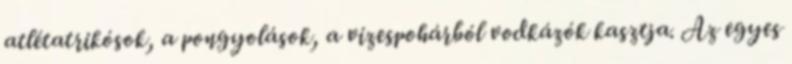
atlétatrikósok, a pongyolások, a vizespohárból vodkázók kasztja. Az egyes